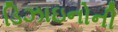
ડિઝાઇનોની